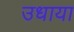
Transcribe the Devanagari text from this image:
उधाया